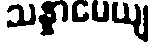
သန္နာမေယျ